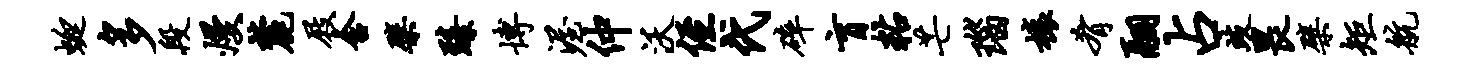
蜓多段熳麓屐含檗臻博渥仲沃侄代碎盲粘芒瑙榱肴翮占歧畏檗矩航